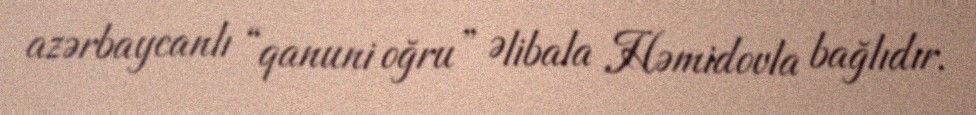
azərbaycanlı “qanuni oğru” Əlibala Həmidovla bağlıdır.